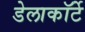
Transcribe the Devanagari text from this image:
डेलाकॉर्टे